Lock hospitals Punjab
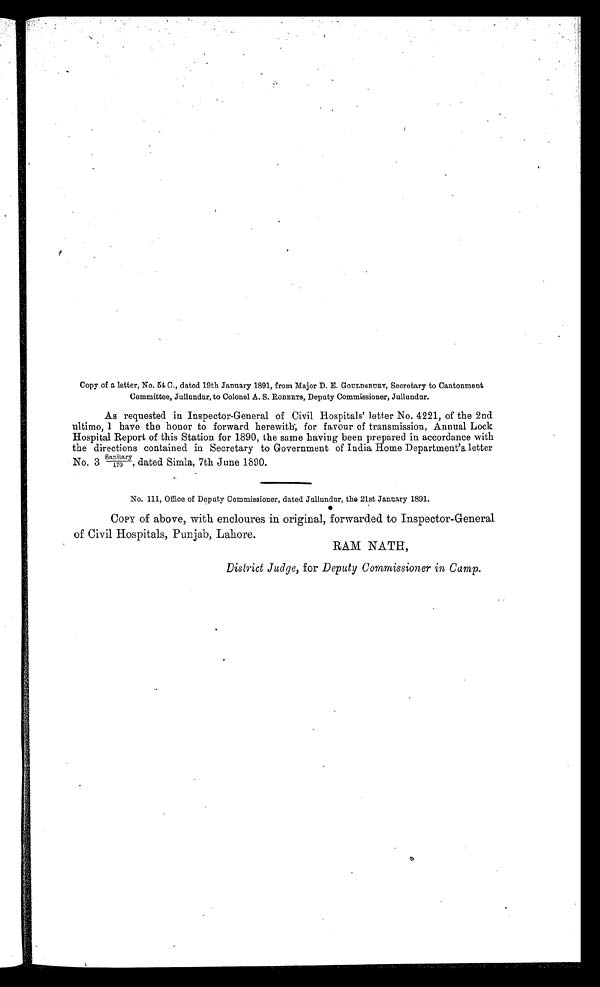
Copy of a letter, No. 54 C., dated 19th January 1891, from Major D. E. GOULDSBURY, Secretary to Cantonment
Committee, Jullundur, to Colonel A. S. ROBERTS, Deputy Commissioner, Jullundur.
As requested in Inspector-General of Civil Hospitals' letter No. 4221, of the 2nd
ultimo, I have the honor to forward herewith; for favour of transmission, Annual Lock
Hospital Report of this Station for 1890, the same having been prepared in accordance with
the directions contained in Secretar y to Government of India Home Department's letter
No. 3 Sanitary dated Simla, 7th June 1890.
1 7 0 ,
No. 111, Office of Deputy Commissioner, dated Jullundur, the 21st January 1891.
COPY of above, with encloures in original, forwarded to Inspector-General
of Civil Hospitals, Punjab, Lahore.
RAM NATH,
District Judge, for Deputy Commissioner in Camp.